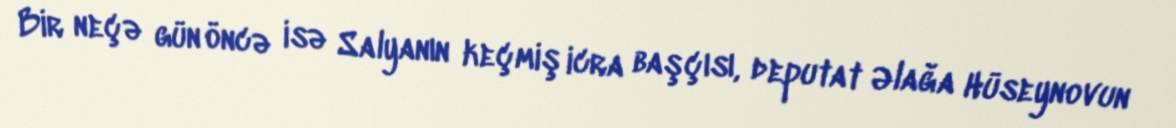
Bir neçə gün öncə isə Salyanın keçmiş icra başçısı, deputat Əlağa Hüseynovun